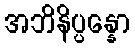
အဘိနိပ္ပန္နော